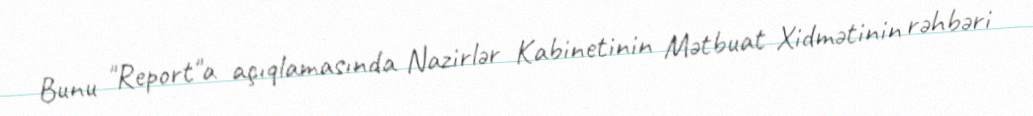
Bunu "Report"a açıqlamasında Nazirlər Kabinetinin Mətbuat Xidmətinin rəhbəri